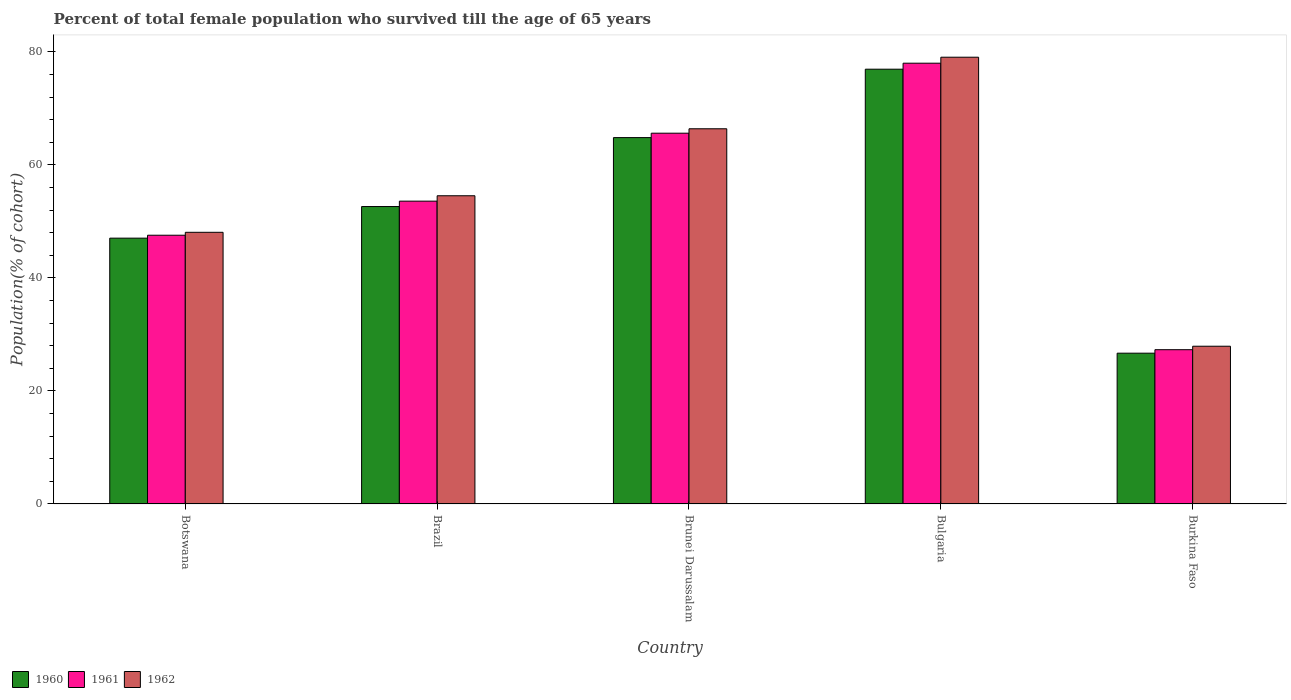
| Country | 1960 | 1961 | 1962 |
 | --- | --- | --- | --- |
 | Botswana | 47 | 47.6 | 48.1 |
 | Brazil | 52.6 | 53.6 | 54.5 |
 | Brunei Darussalam | 64.8 | 65.6 | 66.4 |
 | Bulgaria | 76.9 | 78 | 79.1 |
 | Burkina Faso | 26.7 | 27.3 | 27.9 |